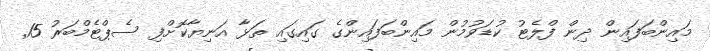
މައިންބަފައިން ދިން ފްލެޓު ކުޑަވުމުން މައިންބަފައިންގެ ގައިގައި ތަޅާ އަނިޔާކޮށްފި ސެޕްޓެމްބަރު 15